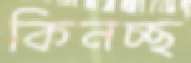
কিনচ্ছ